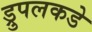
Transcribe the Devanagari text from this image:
ड्रुपलकडे